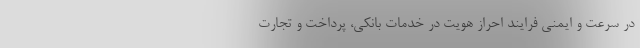
در سرعت و ایمنی فرایند احراز هویت در خدمات بانکی، پرداخت و تجارت